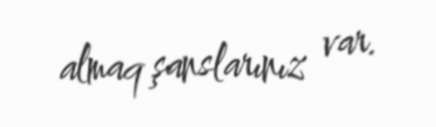
almaq şanslarınız var.